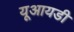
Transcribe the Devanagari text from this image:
यूआयडी